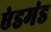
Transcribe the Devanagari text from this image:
एंडमंड